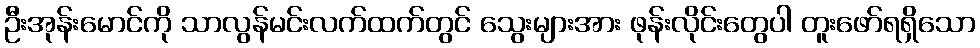
ဦးအုန်းမောင်ကို သာလွန်မင်းလက်ထက်တွင် သွေးများအား ဖုန်းလိုင်းတွေပါ တူးဖော်ရရှိသော